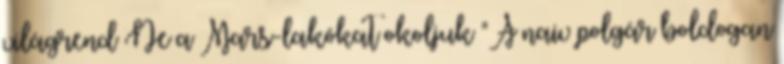
világrend Ne a Mars-lakókat okoljuk "A naiv polgár boldogan